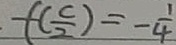
f ( \frac { c } { 2 } ) = - \frac { 1 } { 4 }